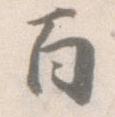
百